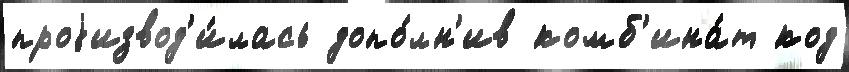
проjизвод'и́лась допо́лн'ив комб'ина́т код